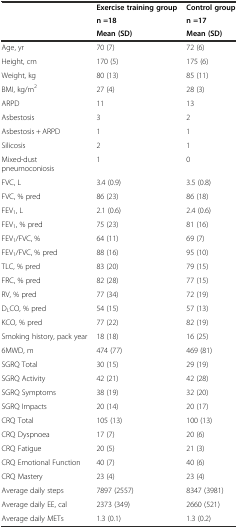
|  | Exercise training group | Control group |
 |  | n =18 | n =17 |
 |  | Mean (SD) | Mean (SD) |
 | --- | --- | --- |
 | Age, yr | 70 (7) | 72 (6) |
 | Height, cm | 170 (5) | 175 (6) |
 | Weight, kg | 80 (13) | 85 (11) |
 | BMI, kg/m2 | 27 (4) | 28 (3) |
 | ARPD | 11 | 13 |
 | Asbestosis | 3 | 2 |
 | Asbestosis + ARPD | 1 | 1 |
 | Silicosis | 2 | 1 |
 | Mixed-dust pneumoconiosis | 1 | 0 |
 | FVC, L | 3.4 (0.9) | 3.5 (0.8) |
 | FVC, % pred | 86 (23) | 86 (18) |
 | FEV1, L | 2.1 (0.6) | 2.4 (0.6) |
 | FEV1, % pred | 75 (23) | 81 (16) |
 | FEV1/FVC, % | 64 (11) | 69 (7) |
 | FEV1/FVC, % pred | 88 (16) | 95 (10) |
 | TLC, % pred | 83 (20) | 79 (15) |
 | FRC, % pred | 82 (28) | 77 (15) |
 | RV, % pred | 77 (34) | 72 (19) |
 | DLCO, % pred | 54 (15) | 57 (13) |
 | KCO, % pred | 77 (22) | 82 (19) |
 | Smoking history, pack year | 18 (18) | 16 (25) |
 | 6MWD, m | 474 (77) | 469 (81) |
 | SGRQ Total | 30 (15) | 29 (19) |
 | SGRQ Activity | 42 (21) | 42 (28) |
 | SGRQ Symptoms | 38 (19) | 32 (20) |
 | SGRQ Impacts | 20 (14) | 20 (17) |
 | CRQ Total | 105 (13) | 100 (13) |
 | CRQ Dyspnoea | 17 (7) | 20 (6) |
 | CRQ Fatigue | 20 (5) | 21 (3) |
 | CRQ Emotional Function | 40 (7) | 40 (6) |
 | CRQ Mastery | 23 (4) | 23 (4) |
 | Average daily steps | 7897 (2557) | 8347 (3981) |
 | Average daily EE, cal | 2373 (349) | 2660 (521) |
 | Average daily METs | 1.3 (0.1) | 1.3 (0.2) |